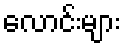
လောင်းများ